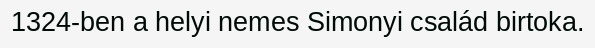
1324-ben a helyi nemes Simonyi család birtoka.